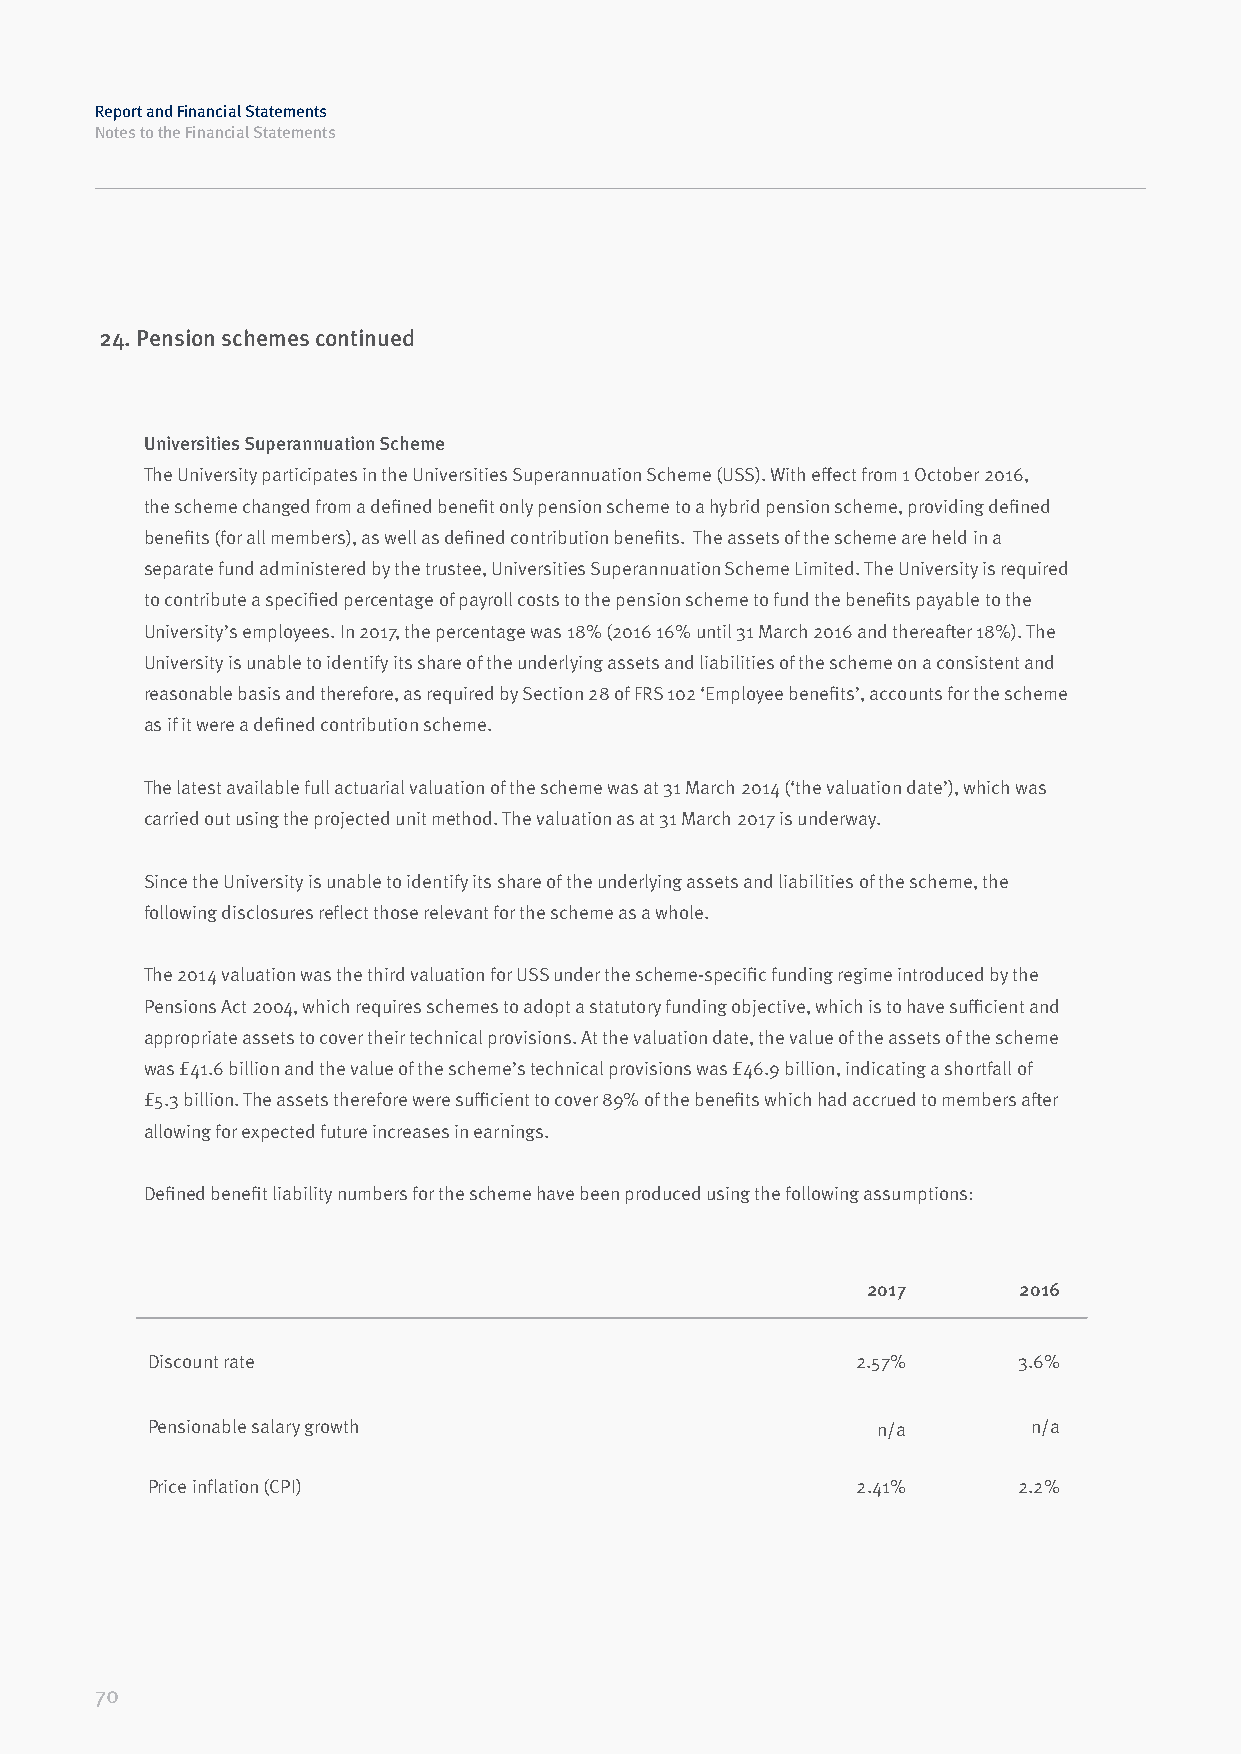
Report and Financial Statements
 Notes to the Financial Statements
 24. Pension schemes continued
 Universities Superannuation Scheme
 The University participates in the Universities Superannuation Scheme (USS). With effect from 1 October 2016,
 the scheme changed from a defined benefit only pension scheme to a hybrid pension scheme, providing defined
 benefits (for all members), as well as defined contribution benefits. The assets of the scheme are held in a
 separate fund administered by the trustee, Universities Superannuation Scheme Limited. The University is required
 to contribute a specified percentage of payroll costs to the pension scheme to fund the benefits payable to the
 University’s employees. In 2017, the percentage was 18% (2016 16% until 31 March 2016 and thereafter 18%). The
 University is unable to identify its share of the underlying assets and liabilities of the scheme on a consistent and
 reasonable basis and therefore, as required by Section 28 of FRS 102 ‘Employee benefits’, accounts for the scheme
 as if it were a defined contribution scheme.
 The latest available full actuarial valuation of the scheme was at 31 March 2014 (‘the valuation date’), which was
 carried out using the projected unit method. The valuation as at 31 March 2017 is underway.
 Since the University is unable to identify its share of the underlying assets and liabilities of the scheme, the
 following disclosures reflect those relevant for the scheme as a whole.
 The 2014 valuation was the third valuation for USS under the scheme-specific funding regime introduced by the
 Pensions Act 2004, which requires schemes to adopt a statutory funding objective, which is to have sufficient and
 appropriate assets to cover their technical provisions. At the valuation date, the value of the assets of the scheme
 was £41.6 billion and the value of the scheme’s technical provisions was £46.9 billion, indicating a shortfall of
 £5.3 billion. The assets therefore were sufficient to cover 89% of the benefits which had accrued to members after
 allowing for expected future increases in earnings.
 Defined benefit liability numbers for the scheme have been produced using the following assumptions:
 2017      2016
 Discount rate                                  2.57%     3.6%
 Pensionable salary growth                       n/a       n/a
 Price inflation (CPI)                          2.41%     2.2%
 70